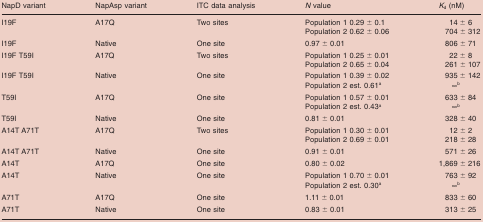
| NapD variant | NapAsp variant | ITC data analysis | N value | Kd (nM) |
 | --- | --- | --- | --- | --- |
 | <ROWSPAN=2> I19F | <ROWSPAN=2> A17Q | <ROWSPAN=2> Two sites | Population 1 0.29 ± 0.1 | 14 ± 6 |
 | Population 2 0.62 ± 0.06 | 704 ± 312 |
 | I19F | Native | One site | 0.97 ± 0.01 | 806 ± 71 |
 | <ROWSPAN=2> I19F T59I | <ROWSPAN=2> A17Q | <ROWSPAN=2> Two sites | Population 1 0.25 ± 0.01 | 22 ± 8 |
 | Population 2 0.65 ± 0.04 | 261 ± 107 |
 | <ROWSPAN=2> I19F T59I | <ROWSPAN=2> Native | <ROWSPAN=2> One site | Population 1 0.39 ± 0.02 | 935 ± 142 |
 | Population 2 est. 0.61a | ∞b |
 | <ROWSPAN=2> T59I | <ROWSPAN=2> A17Q | <ROWSPAN=2> One site | Population 1 0.57 ± 0.01 | 633 ± 84 |
 | Population 2 est. 0.43a | ∞b |
 | T59I | Native | One site | 0.81 ± 0.01 | 328 ± 40 |
 | <ROWSPAN=2> A14T A71T | <ROWSPAN=2> A17Q | <ROWSPAN=2> Two sites | Population 1 0.30 ± 0.01 | 12 ± 2 |
 | Population 2 0.69 ± 0.01 | 218 ± 28 |
 | A14T A71T | Native | One site | 0.91 ± 0.01 | 571 ± 26 |
 | A14T | A17Q | One site | 0.80 ± 0.02 | 1,869 ± 216 |
 | <ROWSPAN=2> A14T | <ROWSPAN=2> Native | <ROWSPAN=2> One site | Population 1 0.70 ± 0.01 | 763 ± 92 |
 | Population 2 est. 0.30a | ∞b |
 | A71T | A17Q | One site | 1.11 ± 0.01 | 833 ± 60 |
 | A71T | Native | One site | 0.83 ± 0.01 | 313 ± 25 |